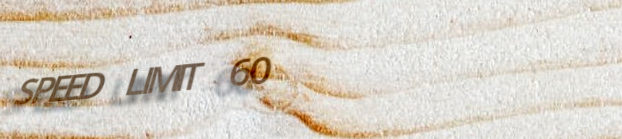
SPEED LIMIT 60